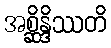
အစ္ဆိန္ဒိဿတိ